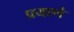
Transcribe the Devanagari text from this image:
प्रयाणे